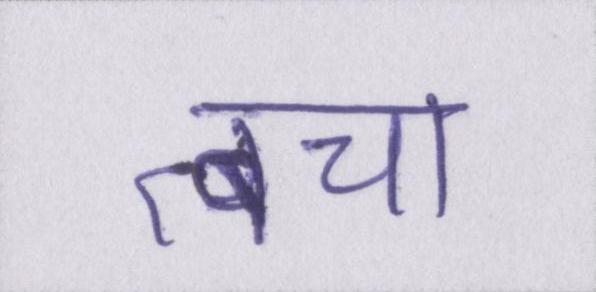
त्वचा